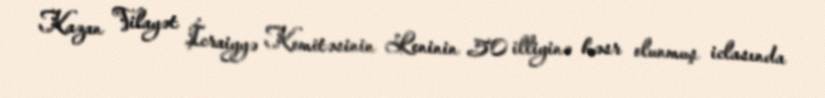
Kazan Vilayət İcraiyyə Komitəsinin Leninin 50 illiyinə həsr olunmuş iclasında